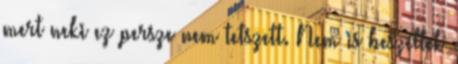
mert neki ez persze nem tetszett. Nem is beszéltek